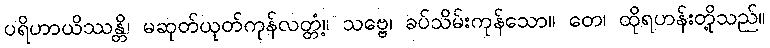
ပရိဟာယိဿန္တိ၊ မဆုတ်ယုတ်ကုန်လတ္တံ့။ သဗ္ဗေ၊ ခပ်သိမ်းကုန်သော။ တေ၊ ထိုရဟန်းတို့သည်။